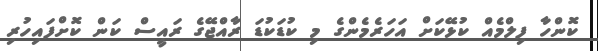
ކޮންހާ ފިލްމެއް ކުޅޭކަށް އަހަރެމެންގެ މި ކުޑަކުޑަ ރާއްޖޭގެ ރައީސް ކަން ކޮށްފައިހުރި